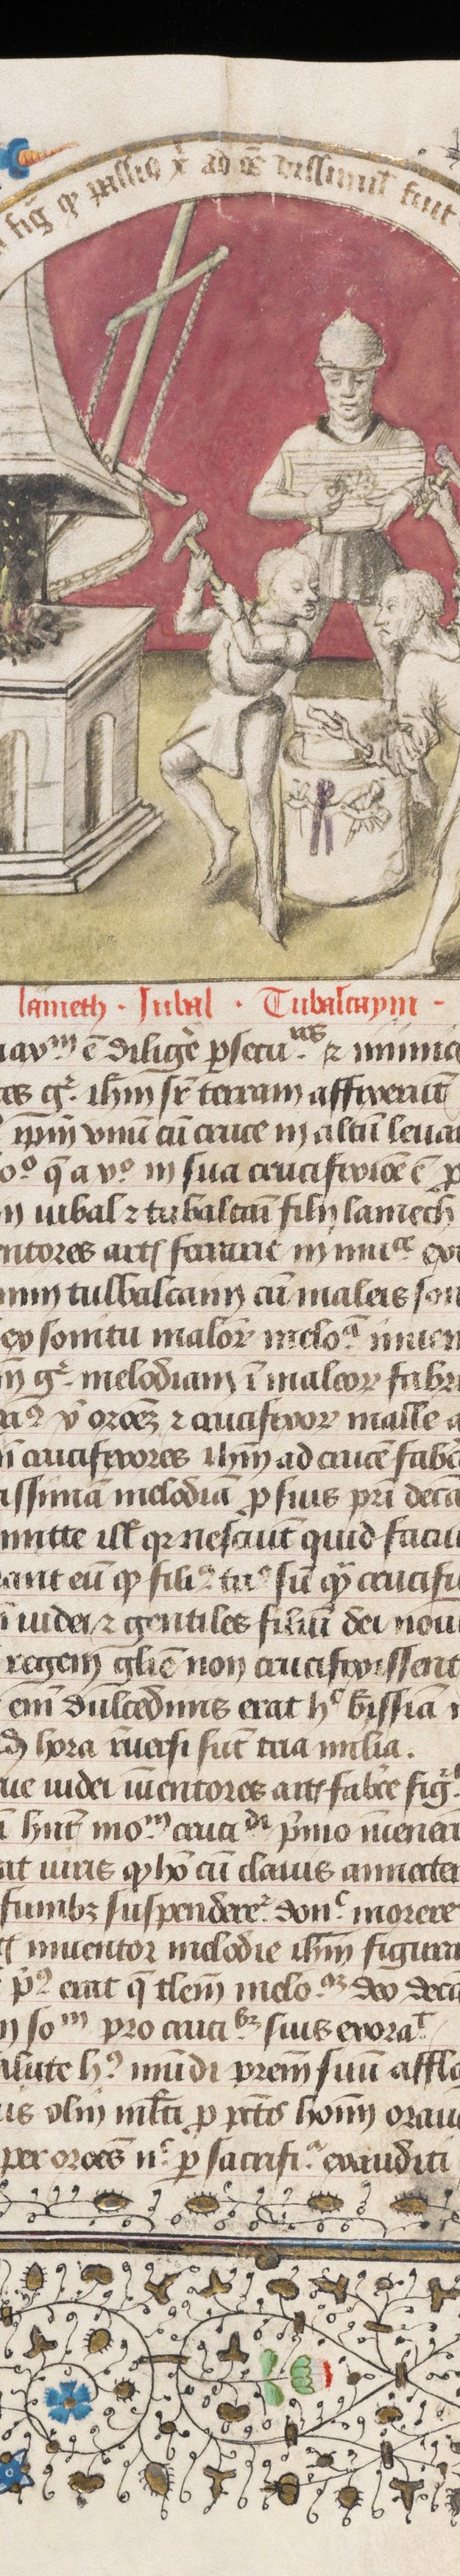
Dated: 1430–1450